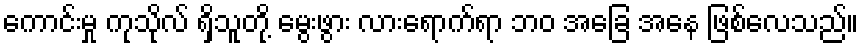
ကောင်းမှု ကုသိုလ် ရှိသူတို့ မွေးဖွား လားရောက်ရာ ဘဝ အခြေ အနေ ဖြစ်လေသည်။